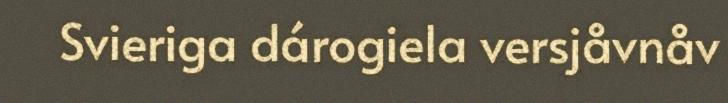
Svieriga dárogiela versjåvnåv